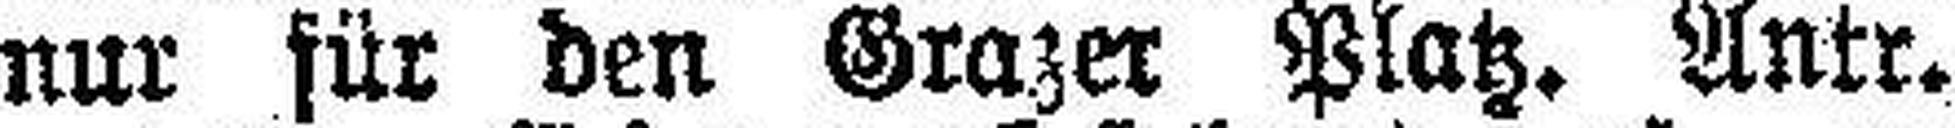
nur für den Grazer Platz. Antr.